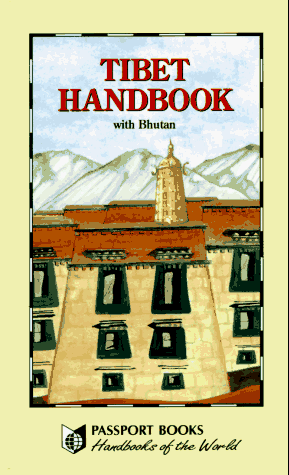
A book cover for Tibet Handbook: With Bhutan (Footprint Tibet Handbook); Travel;